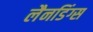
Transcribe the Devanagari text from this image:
लैनडिंग्स